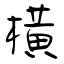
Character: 橫